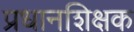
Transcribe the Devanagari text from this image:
प्रधानशिक्षक